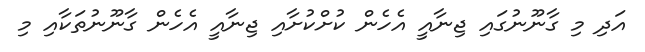
އަދި މި ގާނޫނުގައި ޖިނާއީ އެހެން ކުށްކުށާއި ޖިނާއީ އެހެން ގާނޫނުތަކާއި މި